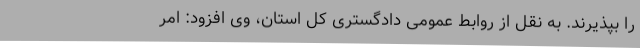
را بپذیرند. به نقل از روابط عمومی دادگستری کل استان، وی افزود: امر